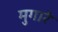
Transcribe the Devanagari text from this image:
मुगारे